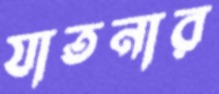
যাতনার